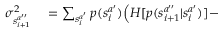
\begin{array} { r l } { \sigma _ { s _ { i + 1 } ^ { a ^ { \prime \prime } } } ^ { 2 } } & { { } = \sum _ { s _ { i } ^ { a ^ { \prime } } } p ( s _ { i } ^ { a ^ { \prime } } ) \Big ( H [ p ( s _ { i + 1 } ^ { a ^ { \prime \prime } } | s _ { i } ^ { a ^ { \prime } } ) ] - } \end{array}